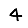
Digit: 4